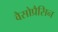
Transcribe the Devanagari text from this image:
वैसोप्रैसिन